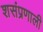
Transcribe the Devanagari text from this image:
शसंप्रणाली